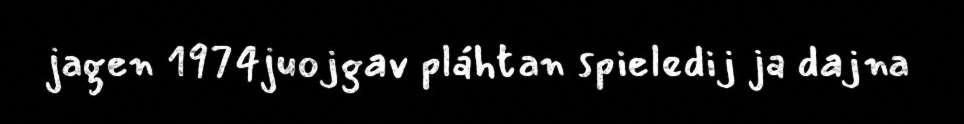
jagen 1974juojgav pláhtan spieledij ja dajna